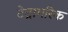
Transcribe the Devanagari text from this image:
टेट्रामरिक